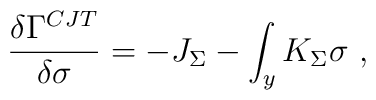
{\delta \Gamma^{CJT} \over \delta \sigma} = - J_\Sigma - \int_y K_\Sigma \sigma ~,